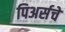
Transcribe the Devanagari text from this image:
पिअर्सचे